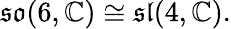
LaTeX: {\mathfrak{so}}(6,\mathbb{C})\cong{\mathfrak{sl}}(4,\mathbb{C}).